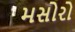
મસોરો